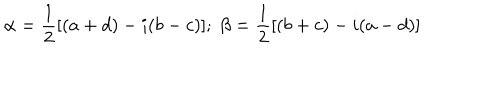
LaTeX: \alpha = \frac { 1 } { 2 } [ ( a + d ) - i ( b - c ) ] ; \; \beta = \frac { 1 } { 2 } [ ( b + c ) - i ( a - d ) ]